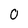
Character: 0